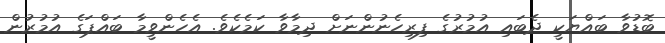
ބޮޑުވާ ބައްޔަކީ ދެބައި އުމުރުގެ ފިރިހެނުންނަށް ދިިމާވާ ކަމެކެވެ. އެހެންވީމާ ބައްޕަގެ އުމުރުން